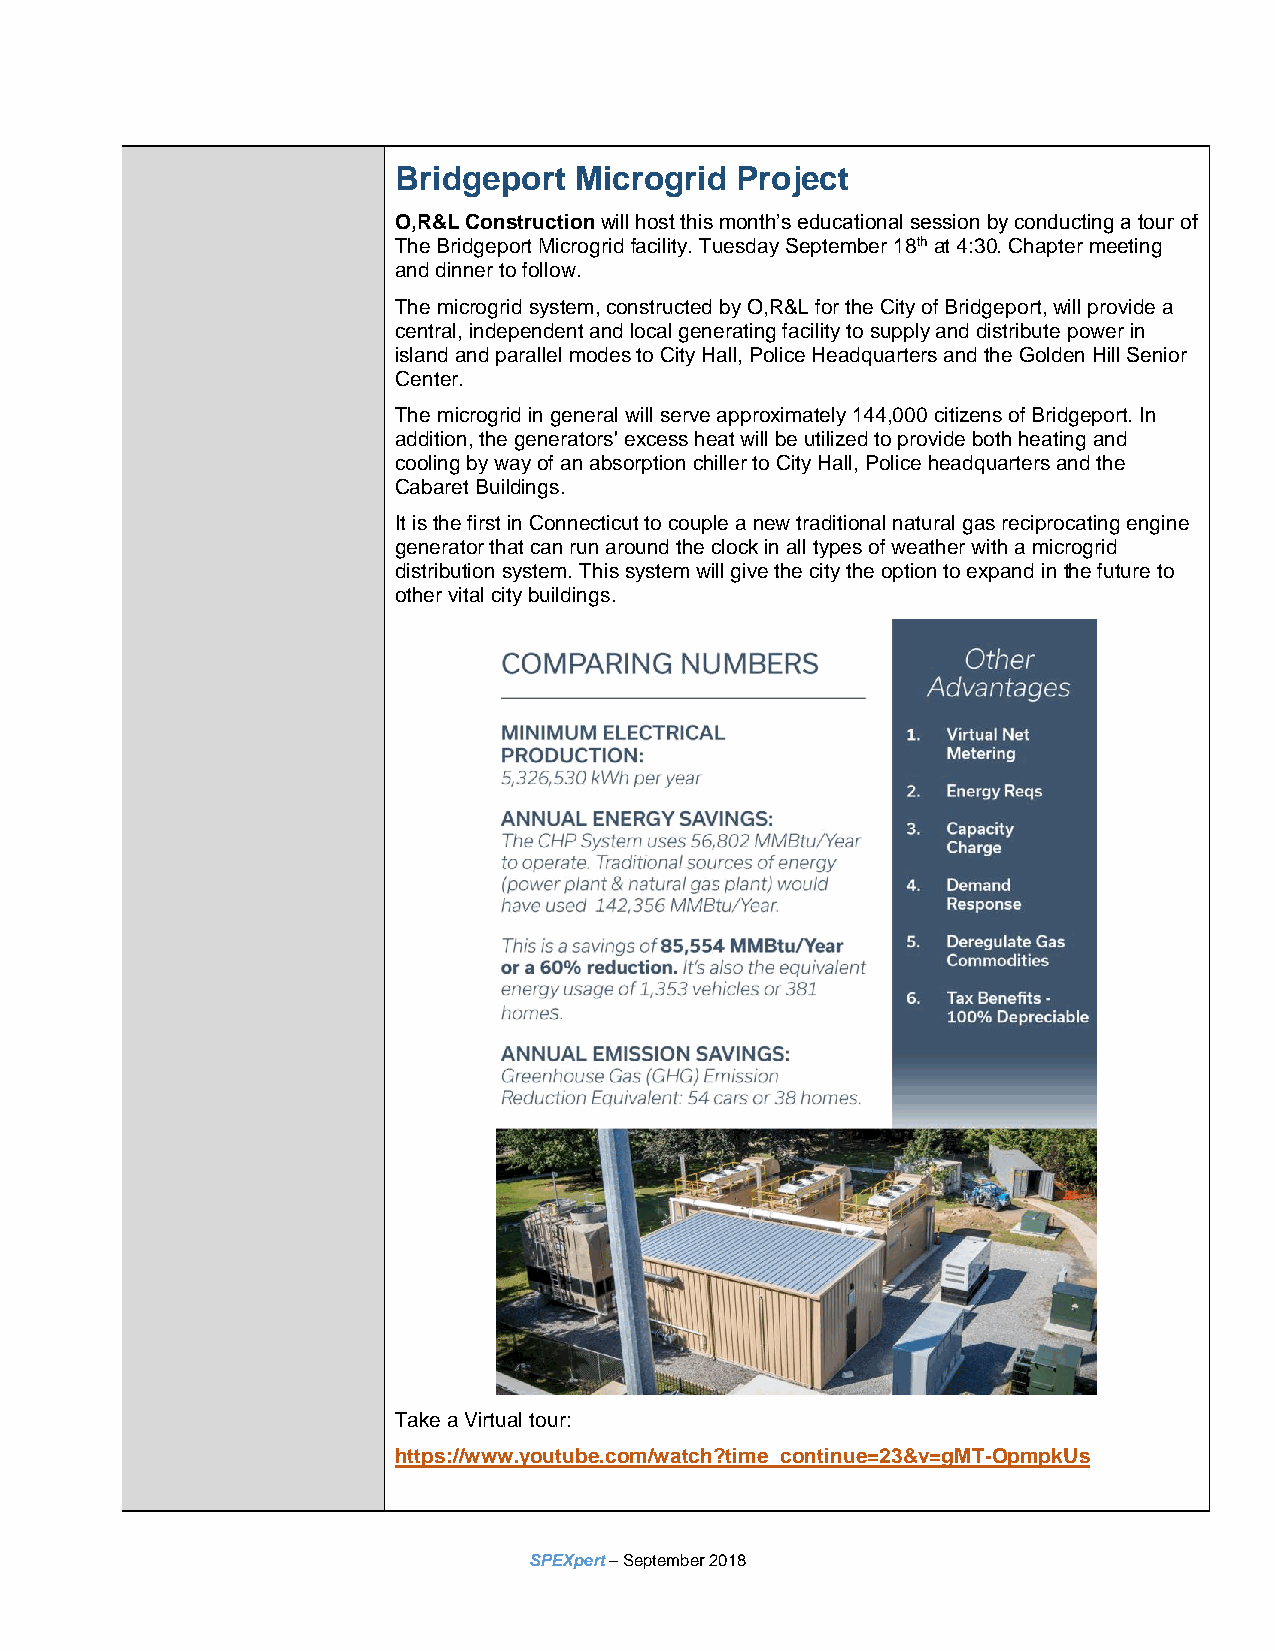
Bridgeport  Microgrid  Project
 O,R&L Construction will host this month’s educational session by conducting a tour of
 The Bridgeport Microgrid facility. Tuesday September 18th at 4:30. Chapter meeting
 and dinner to follow.
 The microgrid system, constructed by O,R&L for the City of Bridgeport, will provide a
 central, independent and local generating facility to supply and distribute power in
 island and parallel modes to City Hall, Police Headquarters and the Golden Hill Senior
 Center.
 The microgrid in general will serve approximately 144,000 citizens of Bridgeport. In
 addition, the generators' excess heat will be utilized to provide both heating and
 cooling by way of an absorption chiller to City Hall, Police headquarters and the
 Cabaret Buildings.
 It is the first in Connecticut to couple a new traditional natural gas reciprocating engine
 generator that can run around the clock in all types of weather with a microgrid
 distribution system. This system will give the city the option to expand in the future to
 other vital city buildings.
 Take a Virtual tour:
 https://www.youtube.com/watch?time_continue=23&v=gMT-OpmpkUs
 SPEXpert – September 2018